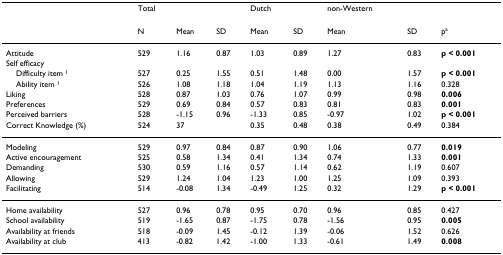
<table><thead><tr><td></td><td><b>Total</b></td><td></td><td></td><td><b>Dutch</b></td><td></td><td><b>non-Western</b></td><td></td><td></td></tr><tr><td></td><td><b>N</b></td><td><b>Mean</b></td><td><b>SD</b></td><td><b>Mean</b></td><td><b>SD</b></td><td><b>Mean</b></td><td><b>SD</b></td><td><b>p<sup>a</sup></b></td></tr></thead><tbody><tr><td>Attitude</td><td>529</td><td>1.16</td><td>0.87</td><td>1.03</td><td>0.89</td><td>1.27</td><td>0.83</td><td><b>p &lt; 0.001</b></td></tr><tr><td>Self efficacy</td><td></td><td></td><td></td><td></td><td></td><td></td><td></td><td></td></tr><tr><td> Difficulty item <sup>1</sup></td><td>527</td><td>0.25</td><td>1.55</td><td>0.51</td><td>1.48</td><td>0.00</td><td>1.57</td><td><b>p &lt; 0.001</b></td></tr><tr><td> Ability item <sup>1</sup></td><td>526</td><td>1.08</td><td>1.18</td><td>1.04</td><td>1.19</td><td>1.13</td><td>1.16</td><td>0.328</td></tr><tr><td>Liking</td><td>528</td><td>0.87</td><td>1.03</td><td>0.76</td><td>1.07</td><td>0.99</td><td>0.98</td><td><b>0.006</b></td></tr><tr><td>Preferences</td><td>529</td><td>0.69</td><td>0.84</td><td>0.57</td><td>0.83</td><td>0.81</td><td>0.83</td><td><b>0.001</b></td></tr><tr><td>Perceived barriers</td><td>528</td><td>-1.15</td><td>0.96</td><td>-1.33</td><td>0.85</td><td>-0.97</td><td>1.02</td><td><b>p &lt; 0.001</b></td></tr><tr><td>Correct Knowledge (%)</td><td>524</td><td>37</td><td></td><td>0.35</td><td>0.48</td><td>0.38</td><td>0.49</td><td>0.384</td></tr><tr><td>Modeling</td><td>529</td><td>0.97</td><td>0.84</td><td>0.87</td><td>0.90</td><td>1.06</td><td>0.77</td><td><b>0.019</b></td></tr><tr><td>Active encouragement</td><td>525</td><td>0.58</td><td>1.34</td><td>0.41</td><td>1.34</td><td>0.74</td><td>1.33</td><td><b>0.001</b></td></tr><tr><td>Demanding</td><td>530</td><td>0.59</td><td>1.16</td><td>0.57</td><td>1.14</td><td>0.62</td><td>1.19</td><td>0.607</td></tr><tr><td>Allowing</td><td>529</td><td>1.24</td><td>1.04</td><td>1.23</td><td>1.00</td><td>1.25</td><td>1.09</td><td>0.393</td></tr><tr><td>Facilitating</td><td>514</td><td>-0.08</td><td>1.34</td><td>-0.49</td><td>1.25</td><td>0.32</td><td>1.29</td><td><b>p &lt; 0.001</b></td></tr><tr><td>Home availability</td><td>527</td><td>0.96</td><td>0.78</td><td>0.95</td><td>0.70</td><td>0.96</td><td>0.85</td><td>0.427</td></tr><tr><td>School availability</td><td>519</td><td>-1.65</td><td>0.87</td><td>-1.75</td><td>0.78</td><td>-1.56</td><td>0.95</td><td><b>0.005</b></td></tr><tr><td>Availability at friends</td><td>518</td><td>-0.09</td><td>1.45</td><td>-0.12</td><td>1.39</td><td>-0.06</td><td>1.52</td><td>0.626</td></tr><tr><td>Availability at club</td><td>413</td><td>-0.82</td><td>1.42</td><td>-1.00</td><td>1.33</td><td>-0.61</td><td>1.49</td><td><b>0.008</b></td></tr></tbody></table>